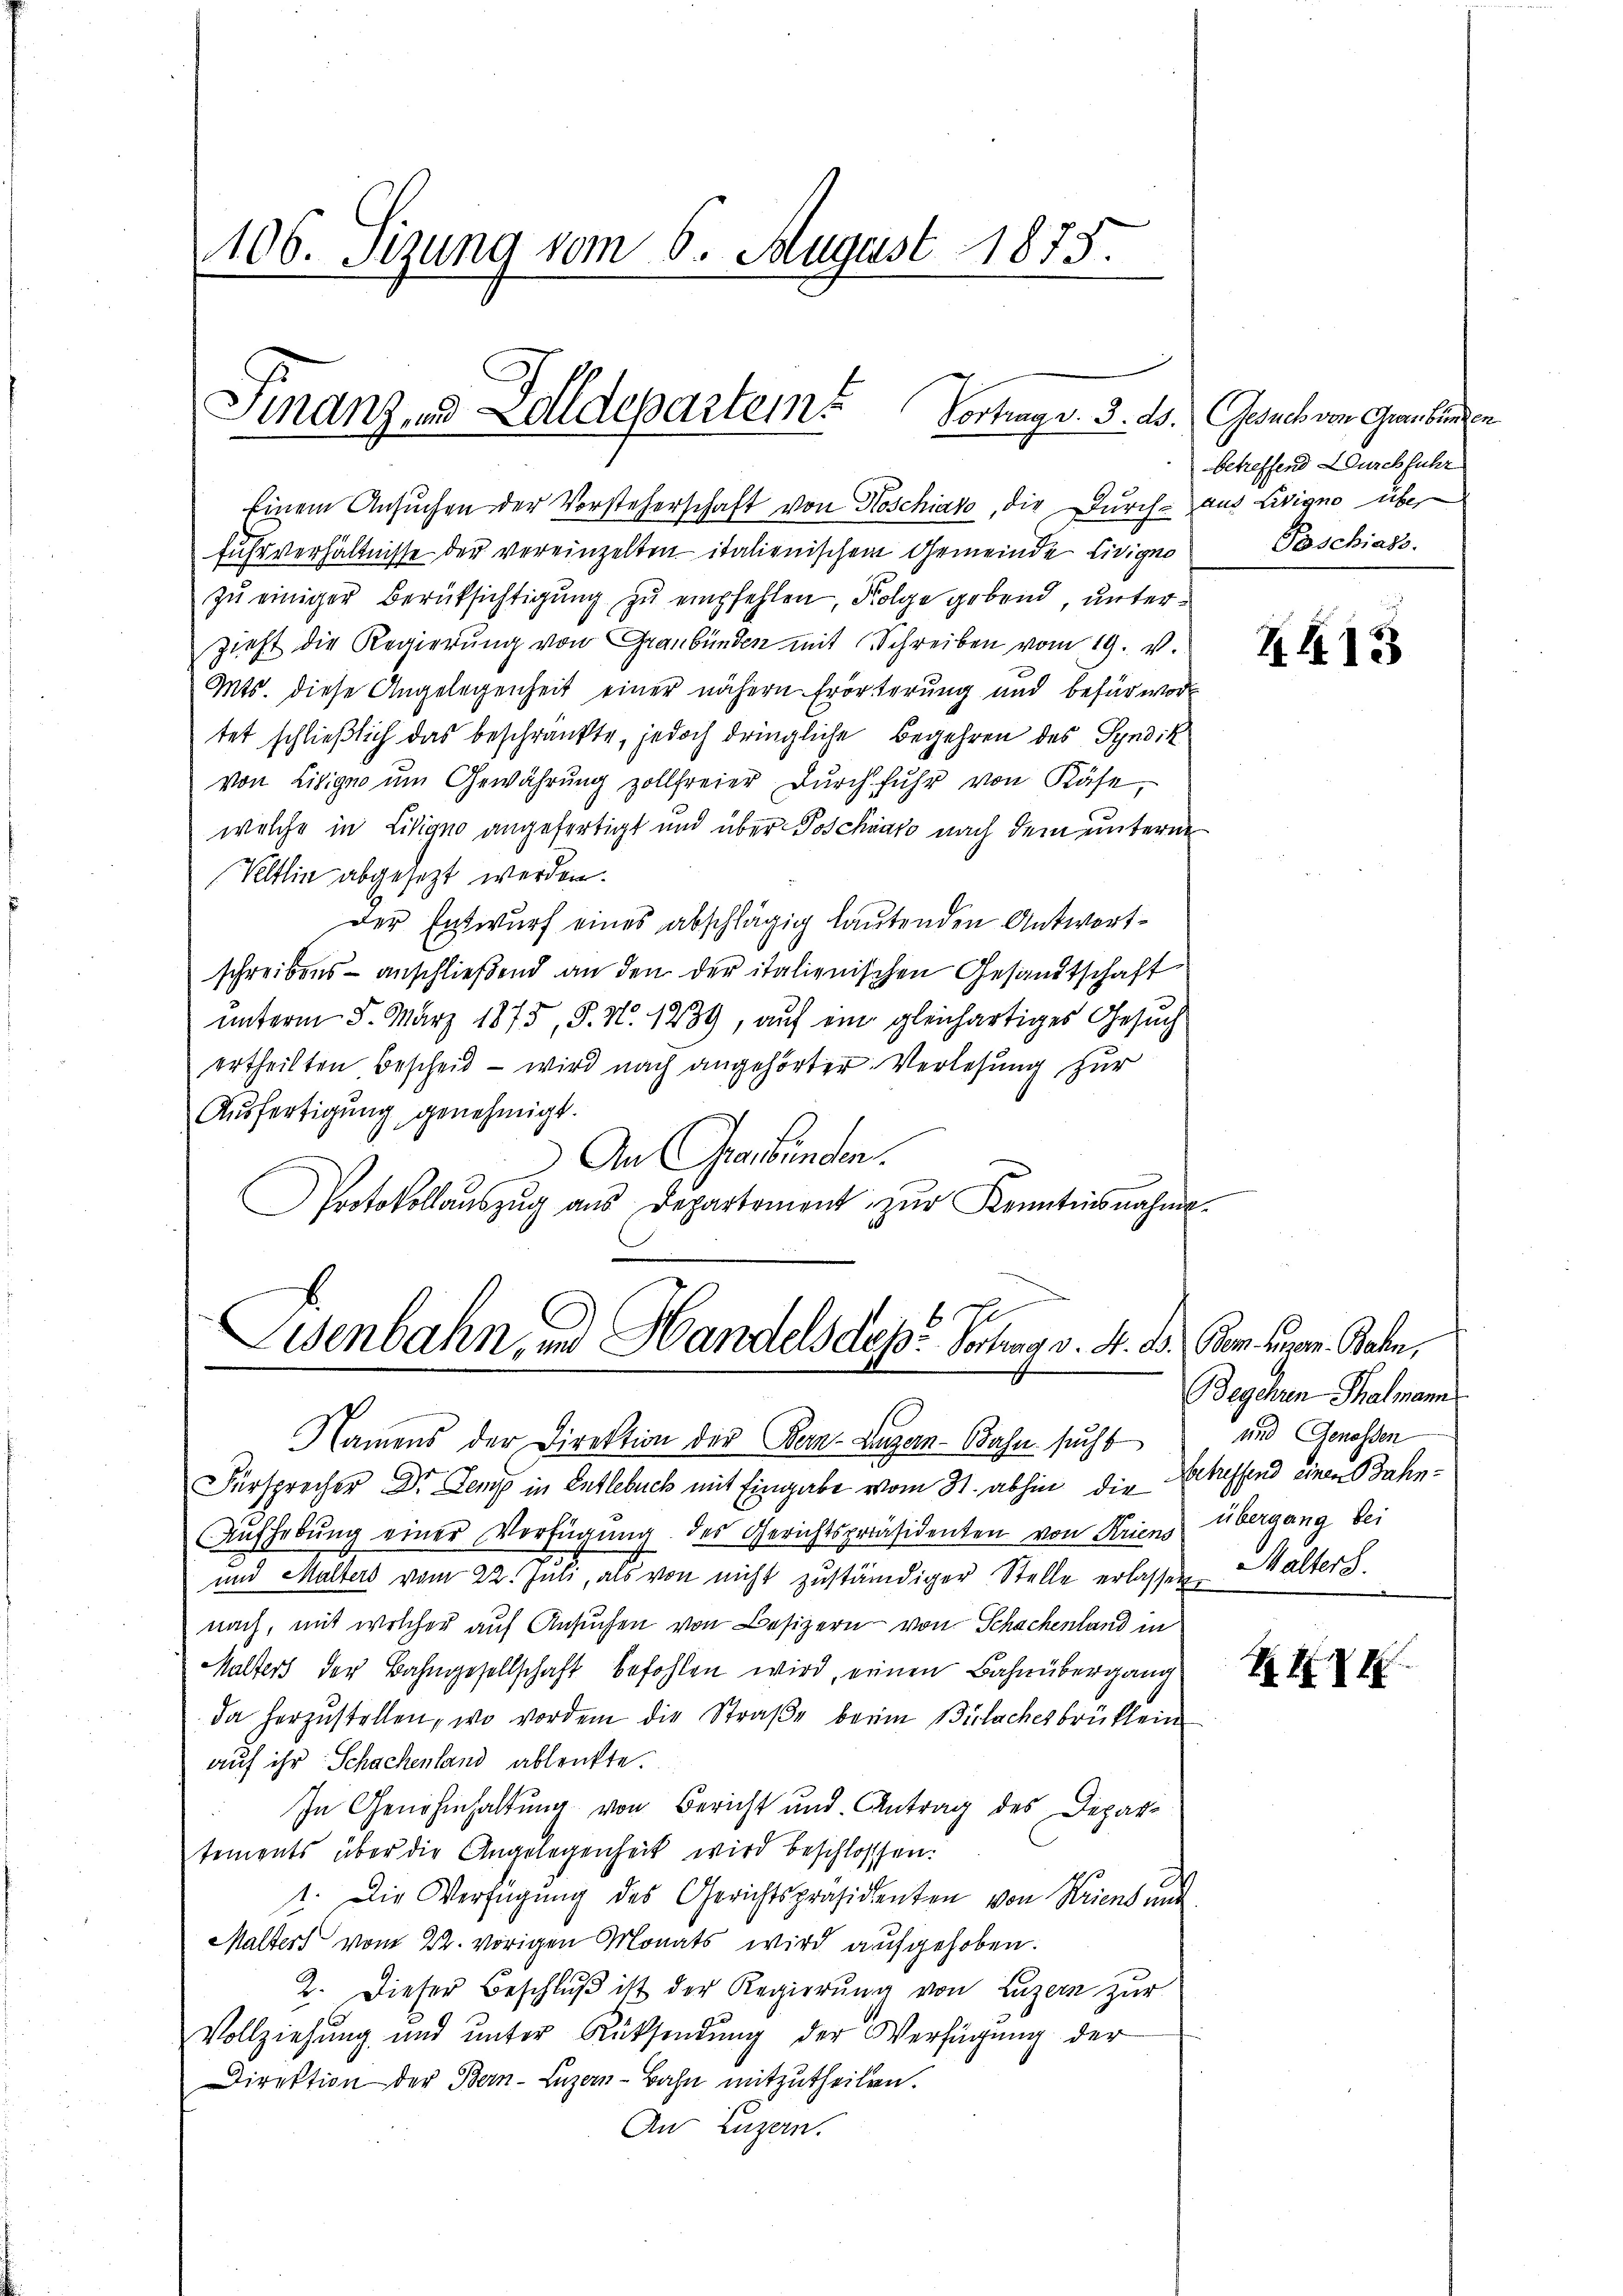
106. Setzung vom 6. August 1875.

Finanz- und Zolldepartem
Vortrags. S. 20.

Einem Ansŭchen der Vorsteherschaft von Hoschiavo, die Durch aus Livigno über
Fuhrverhältnisse der vereinzelten italienischem Gemeinde Livigno
zŭ einiger Berüksichtigung zu empfehlen, Folge gebend, unterzieht die Regierung von Graubünden mit Schreiben vom 19. v.
Mts. diese Angelegenheit einer nähern Erörterung und befürwor-
tet schließlich das beschränkte, jedoch dringliche Begehren des Syndik
von Lisige um Gewährung zollfreier durchfuhr von Käse,
welche in Lisigno angefertigt und über Poschiato nach dem unterm
Veltlin abgesezt werden.
Der Entwurf eines abschlägig lautenden Antwortschreibens anschließend an den der italienischen Gesandtschaft
unterm 5. März 1875, S. Nr. 1239, auf ein gleichartiges Gesuch
ertheilten Bescheid – wird nach angehörter Verlesung zur
Ausfertigung genehmigt.
) An Graubünden.
Protokollaŭszŭg aŭs Departement zŭr Kenntnisnahme

Eisenbahn, und Handels des Vortrag v. M. D. Germ. Luzern Bahn,

Namens der Direktion der Bern-Luzern-Bahn sucht
Fürsprecher Dr. Lemp in Entlebuch mit Eingabe vom 31. abhin die Erbessend einen Bahn¬
Aŭfhebŭng einer Verfügung des Gerichtspräsidenten von Kriens
und Malters vom 22. Juli, als von nicht zŭständiger Stelle erlassen,
nach, mit welcher auf Ansuchen von Besizern von Schachenland in
Malters der Bahngesellschaft befohlen wird, einen Bahnübergang
da herzŭstellen, wo vordem die Straβe beim Bülachesbrücklein
auf ihr Schachenland ablenkte.
In Genehmhaltung von Bericht und Antrag des Departements über die Angelegenheit wird beschlossen:
1. Die Verfügung des Gerichtspräsidenten von Kriens und
Malters vom 22. vorigen Monats wird aufgehoben.
2. Dieser Beschlŭβ ist der Regierŭng von Luzern zur
Vollziehung und unter Rüksendung der Verfügung der
Direktion der Bern-Luzern-Bahn mitzutheilen.
Au Luzern.

Gesuch von Graubünden
betreffend Durchführ
Poschiass.

Z413

Begehren Thalmann
und Genossen
übergang bei
Malters.

XXXXX